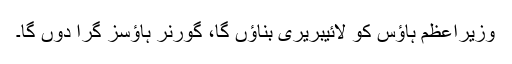
وزیراعظم ہاؤس کو لائیبریری بناؤں گا، گورنر ہاؤسز گرا دوں گا۔